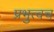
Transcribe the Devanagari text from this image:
प्रभुत्वच